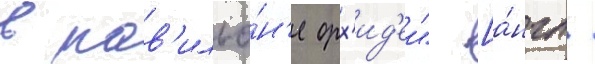
в пав'ильо́н'е орх'ид'еи" [а́нгл.